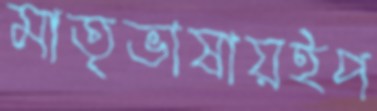
মাতৃভাষায়ইপ